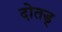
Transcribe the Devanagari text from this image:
दोतड्